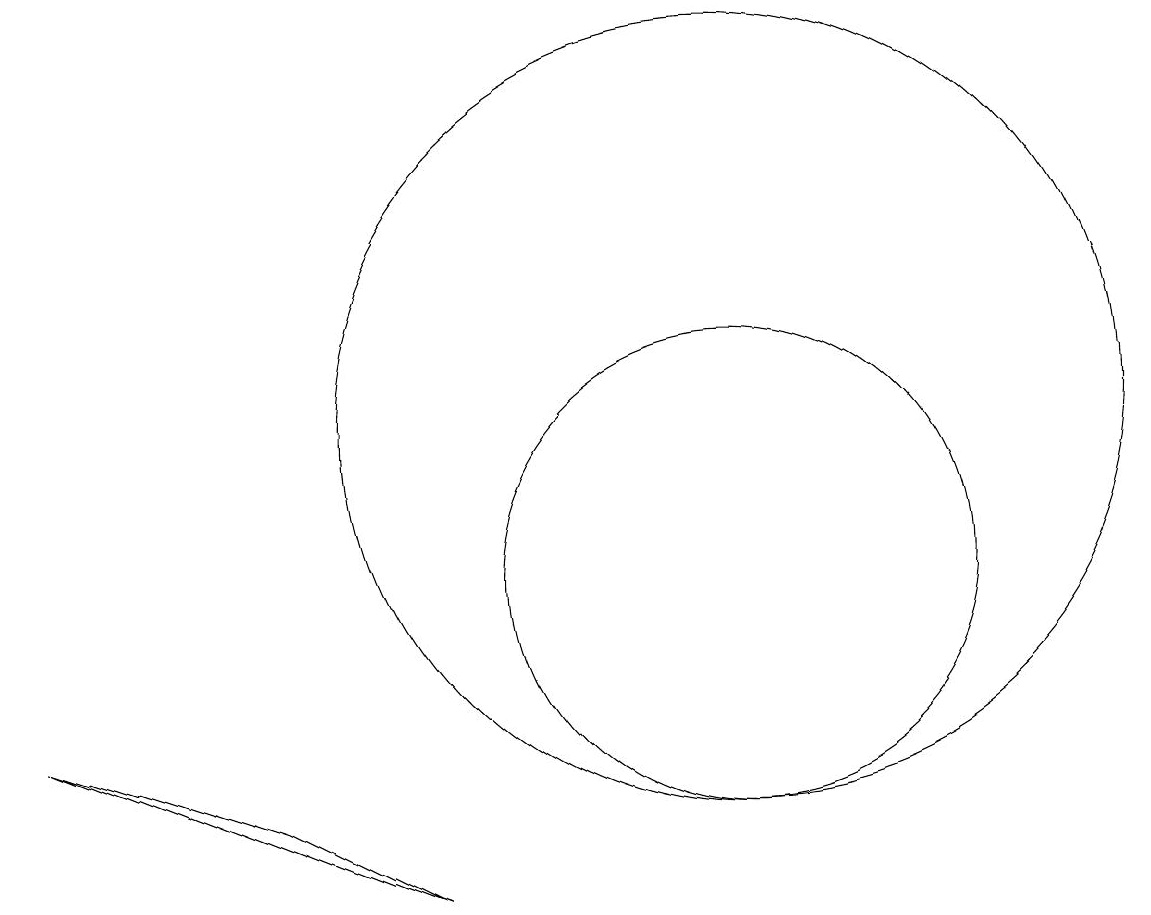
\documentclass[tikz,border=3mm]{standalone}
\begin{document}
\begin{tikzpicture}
\draw (10,12) circle (5);
\draw (4,7) -- (1,8) -- (6,6) -- cycle;
\draw (10,10) circle (3);
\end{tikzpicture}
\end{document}